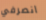
انصرفي